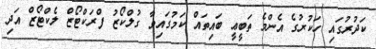
ކަދުރުގައި ހަކުރުގެ އެންމެ ތަބީޢީ ބައިތައް ކަމުގައިވާ ގުލްކޯޒު ފްރަކްޓޯޒް ލެކްޓޯޒް އަދި